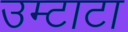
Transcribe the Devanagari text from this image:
उम्टाटा